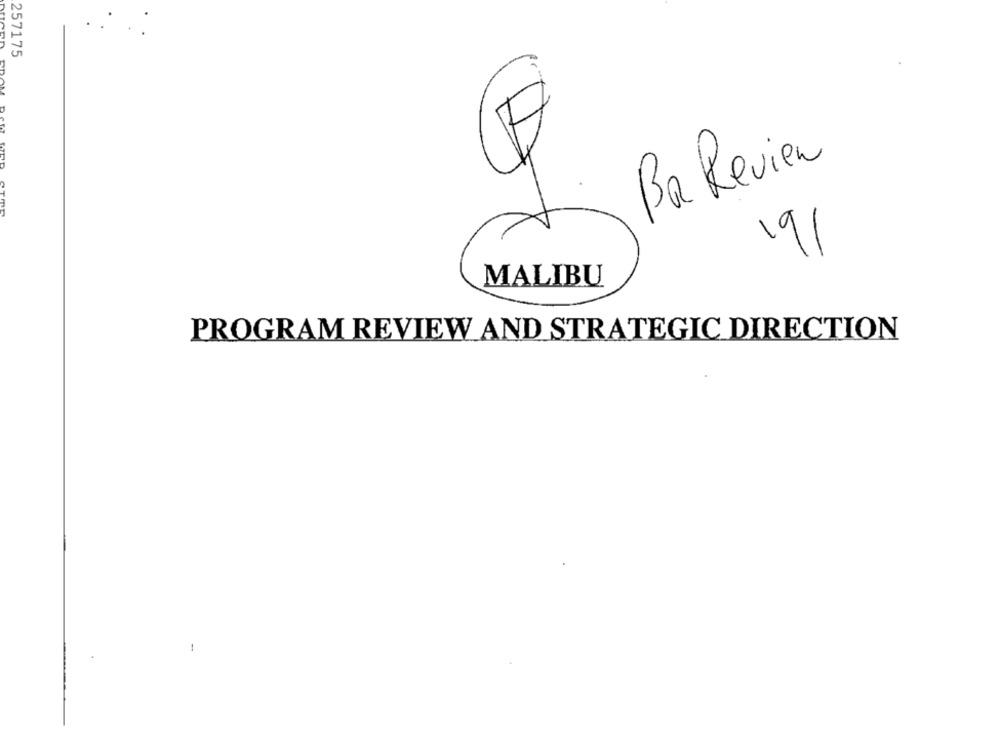
257175
E
Ba Review
1b1
MALIBU
PROGRAM REVIEW AND STRATEGIC DIRECTION